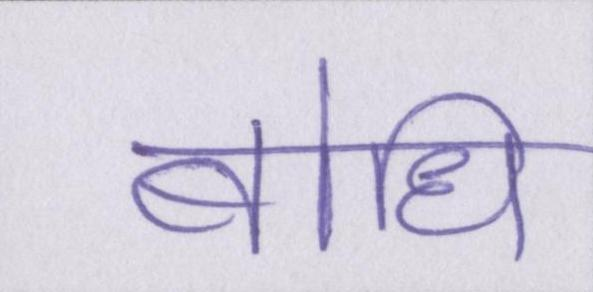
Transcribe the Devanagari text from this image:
बोधि